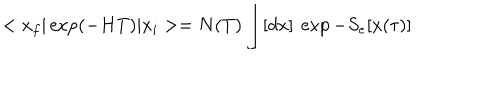
< x _ { f } \vert \exp ( - H T ) \vert x _ { i } > = N ( T ) \int [ d x ] \ \exp - S _ { e } [ x ( \tau ) ]